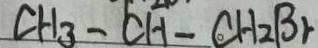
C H _ { 3 } - C H - C H _ { 2 } B _ { r }